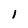
Character: I